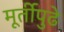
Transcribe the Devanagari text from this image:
मूर्तीपुढे